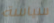
سياسة